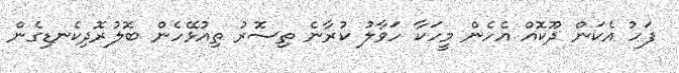
ފަހު އެކަން ދޫކޮއް އެހެން މީހަކާ ހަވާލު ކުރާނެ ތިސޮރު ތިއުޅޭހެން ބޮލުރޮދިކެނޑިގެން